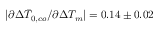
| \partial \Delta \bar { T } _ { 0 , c o } / \partial \Delta T _ { m } | = 0 . 1 4 \pm 0 . 0 2